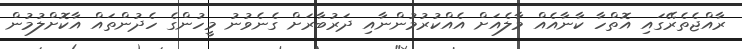
ރާއްޖެތެރޭގައި އޮތްހާ ކާނާއެއް މާލެއަށް އެއްކުރުމުންނާއި ދަރުބާރަށް ގެނެވުނު މީހުންގެ ހެދުންތައް އާކޮށްލުމުން